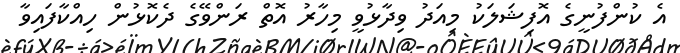
އެ ކުންފުނީގެ އޮފިޝަލަކު މިއަދު ވިދާޅުވީ މިހާރު އޮތް ރަންވޭގެ ދެކޮޅުން ހިއްކާފައިވާ